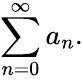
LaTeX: \sum_{n=0}^{\infty}a_{n}.